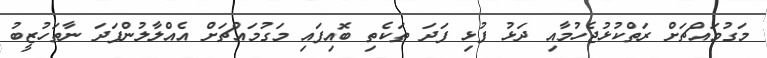
މަގުމައްޗަށް ރަތްކުޅުޖެހުމާއި ދަޅު ފުޅި ފަދަ ތަކެތި ބޮއިފައި މަގުމައްޗަށް އެއްލާލުންފަދަ ނާތަހުޒީބު